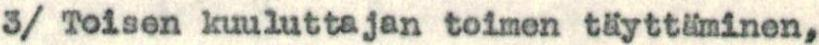
3/ Toisen kuuluttajan toimen täyttäminen,